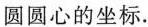
圆圆心的坐标。